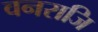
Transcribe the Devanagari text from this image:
वनराजि